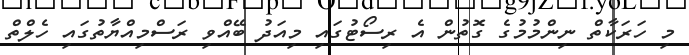
މި ހަރަކާތް ނިންމުމުގެ ގޮތުން އެ ރިސޯޓުގައި މިއަދު ބޭއްވި ރަސްމިއްޔާތުގައި ހެލްތް